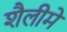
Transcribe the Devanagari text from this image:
शैलीमें